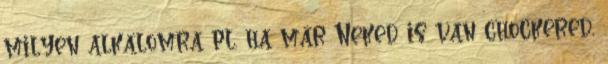
milyen alkalomra pl. ha már Neked is van chockered,